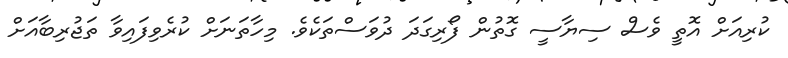
ކުރިއަށް އޮތީ ވެސް ސިޔާސީ ގޮތުން ފޯރިގަދަ ދުވަސްތަކެވެ. މިހާތަނަށް ކުރެވިފައިވާ ތަޖުރިބާއަށް